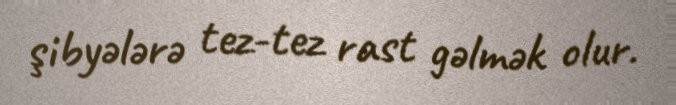
şibyələrə tez-tez rast gəlmək olur.